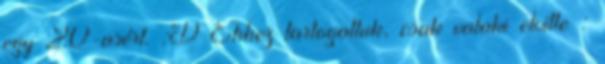
egy 20-asért. :D Ehhez tartogattuk, csak valaki elvitte :